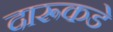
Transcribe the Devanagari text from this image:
दारूकडे